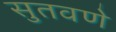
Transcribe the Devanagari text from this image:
सुतवणे